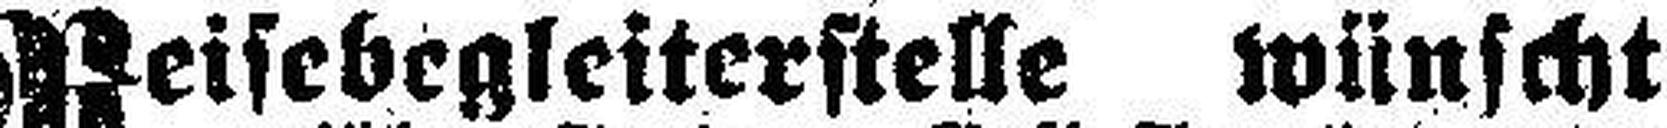
Reisebegleiterstelle wünscht